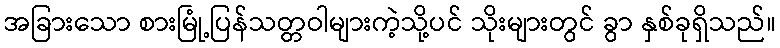
အခြားသော စားမြုံ့ပြန်သတ္တဝါများကဲ့သို့ပင် သိုးများတွင် ခွာ နှစ်ခုရှိသည်။